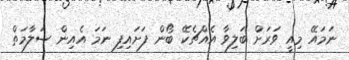
ނަމައޭ މިއީ ވަރަށް ބަލިވާ އެއްޗެކޭ ބޯން ފަށައިފި ނަމަ އެއިން ސަލާމަތް